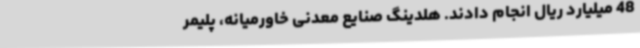
48 میلیارد ریال انجام دادند. هلدینگ صنایع معدنی خاورمیانه، پلیمر